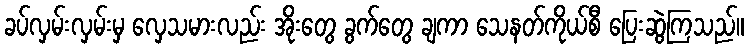
ခပ်လှမ်းလှမ်းမှ လှေသမားလည်း အိုးတွေ ခွက်တွေ ချကာ သေနတ်ကိုယ်စီ ပြေးဆွဲကြသည်။